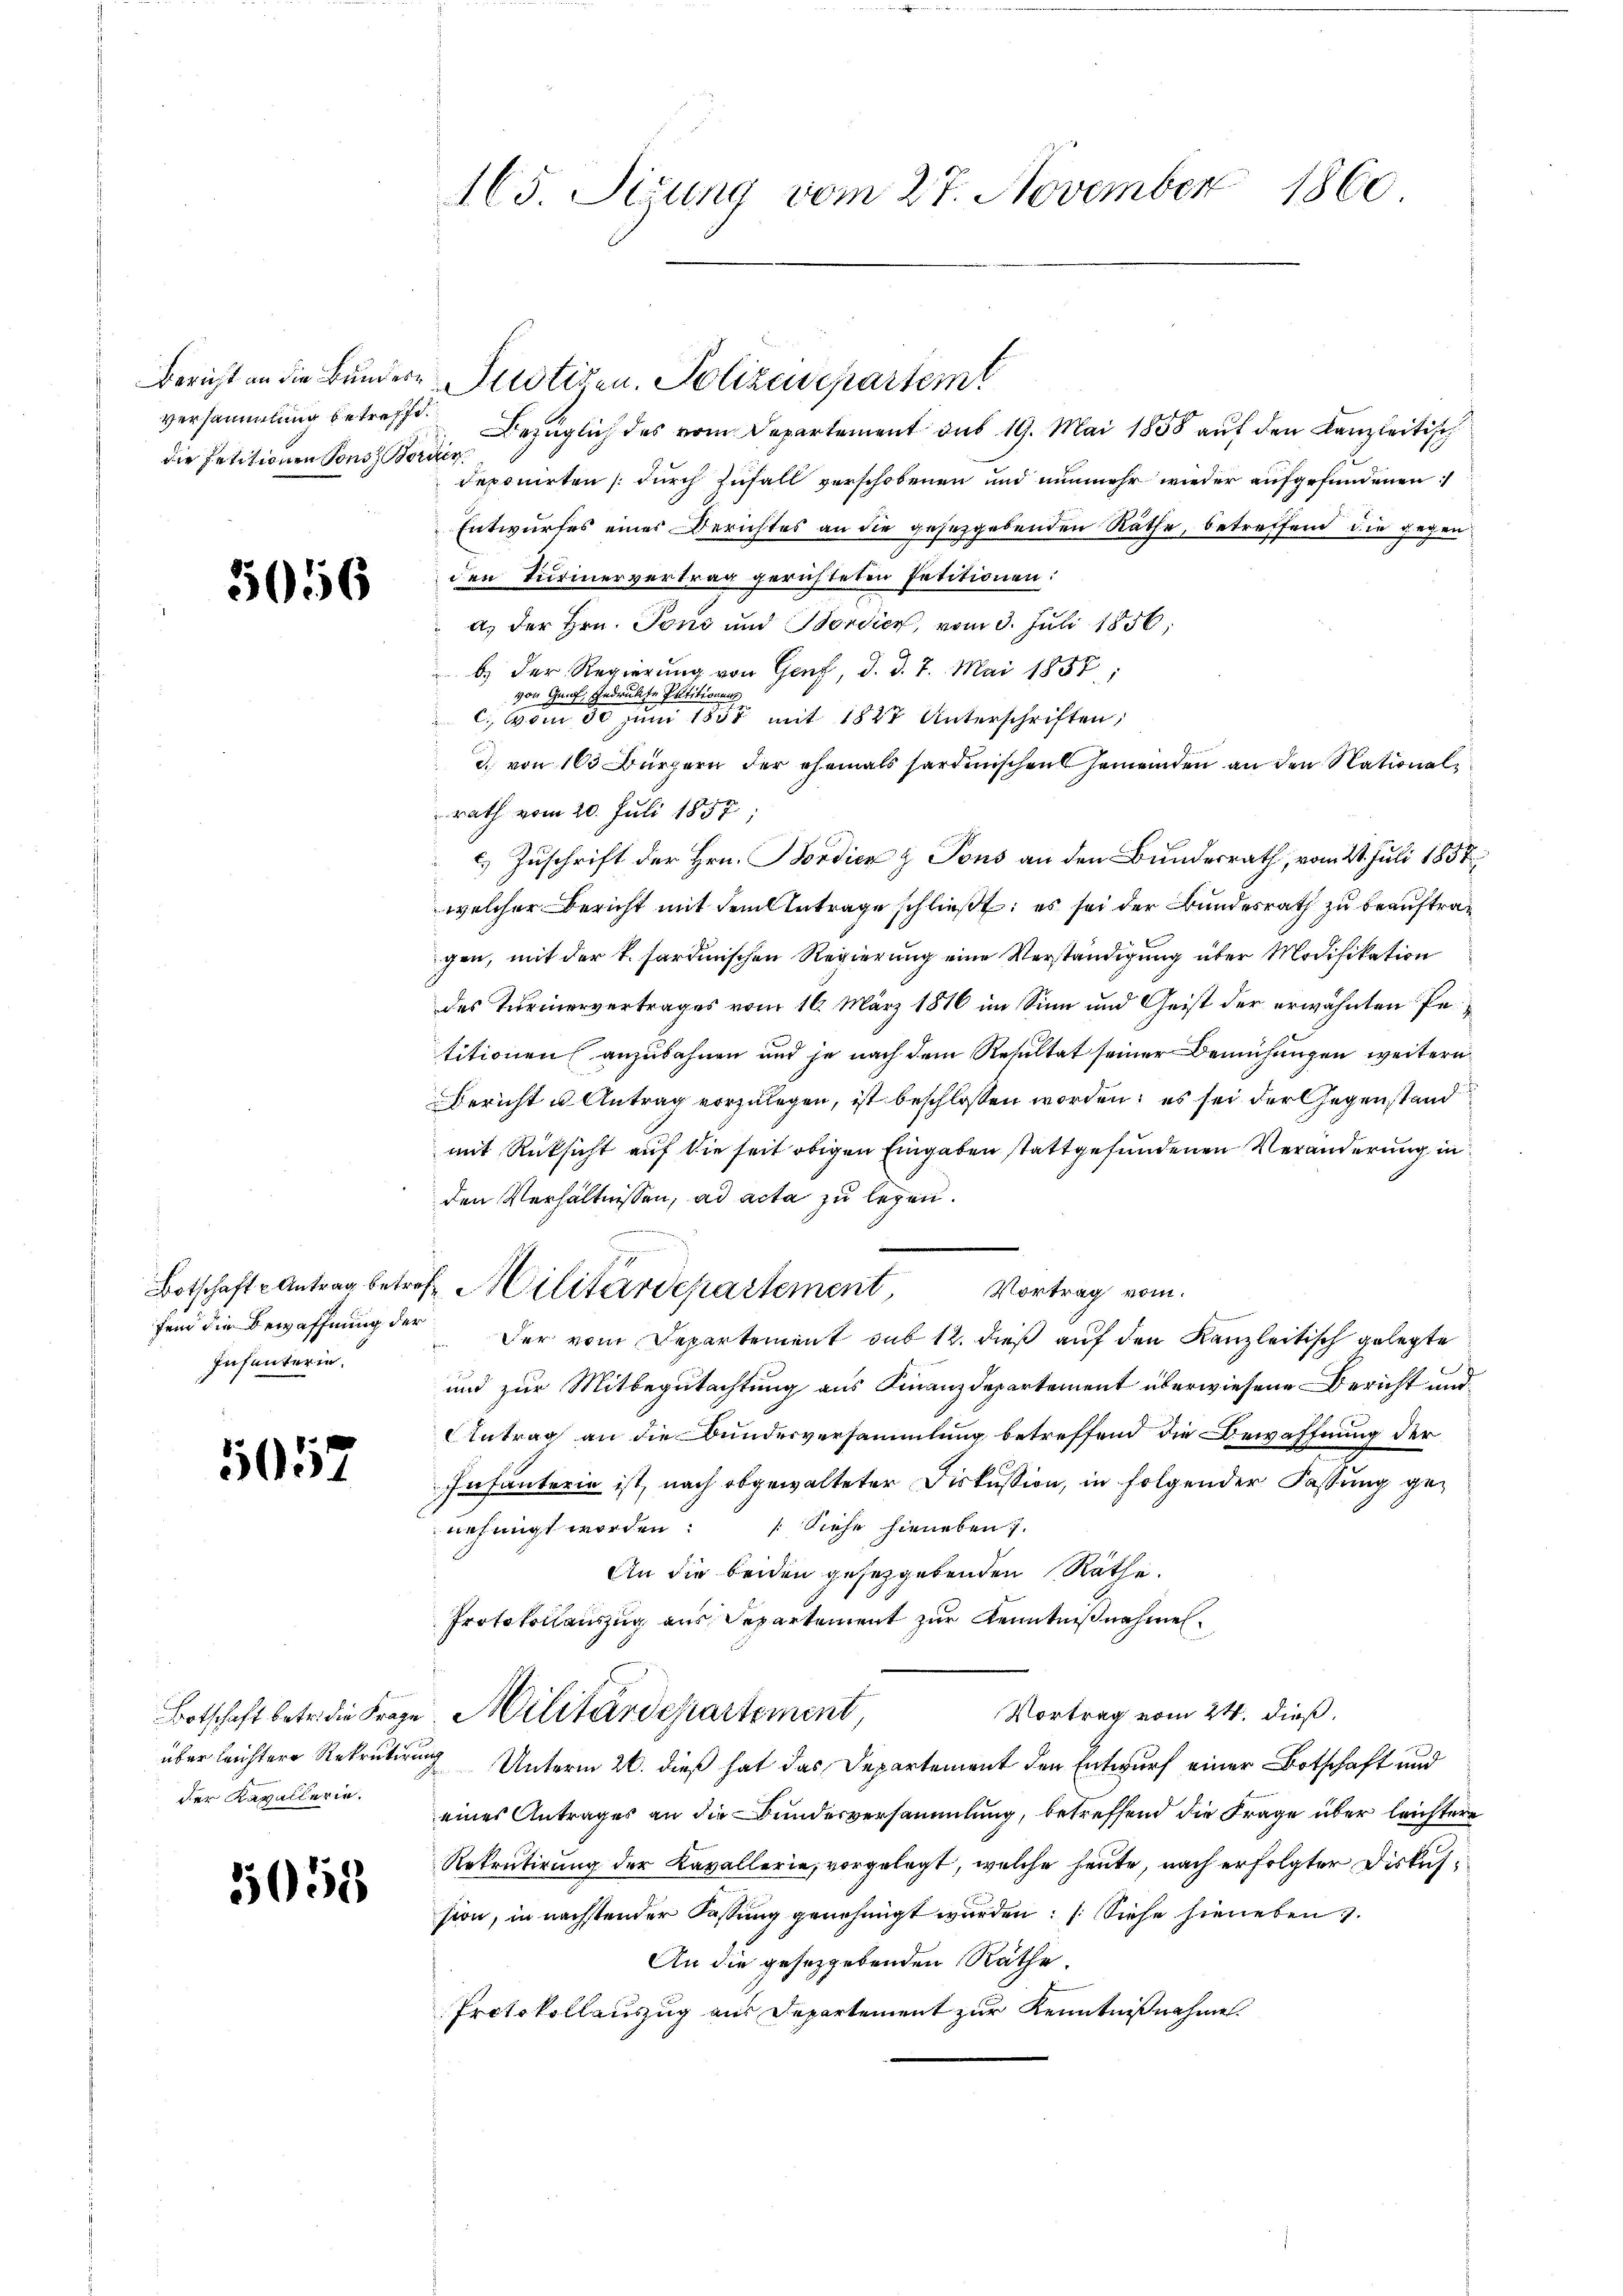
Bericht an die Bundere
Versammlung betreffe
die Petitionen Sonst Bor

3056

Botschaft u Antrag betref
fend die Bewaffnung der
Infanterin.

5057

über leichtere Rekrutiren
der Kavallerie.

5058

1860.
165. Sedung vom 27. November

Bezüglich des vom Departement aus 19. Mai 1858 auf den Kanzleitisch
ieten
deponirten (durch Zufall verschobenen und nunmehr wieder aufgefundenen
Entwurfes einer Berichtes an die gesetzgebenden Räthe, betreffend die gegen
den Turinervertrag gerichteten Petitionen:
a. der Hrn. Tons und Bordien, vom 3. Juli 1856.
b.) Der Regierung von Genf, d. d. 7. Mai 1857;
von Genf, gedrukte Petitionens
 c. vom 30. Juni 1838 mit 1822 Unterschriften;
d. von 163 Bürgern der ehemals sardinischen Gemeinden an den Nationalrath vom 20. Juli 1857;
.) Zuschrift der Hrn. Bordica & Tous an den Bundesrath, vom 21. Juli 1858
welcher Bericht mit dem Antrage schließt: es sei der Bundesrath zu beauftrag
gen, mit der k. Sardinischen Regierung eine Verständigung über Modifikation
des Turinervertrages vom 16. März 1816 im Sinn und Geist der erwähnten Petitionen anzubahnen und je nach dem Resultat seiner Bemühungen weitern
Bericht u Antrag vorzulegen, ist beschlossen worden; es sei der Gegenstand
mit Rücksicht auf die seit obigen Eingaben stattgefundenen Veränderung in
den Verhältnissen, ad acta zu legen.
 Militärdepartement,
Vortrag vom
Der vom Departement sub 12. dieß auf den Kanzleitisch gelegte
n
und zur Mitbegutachtung aus Finanzdepartement überwiesene Bericht und
AAntrag an die Bunderversammlung betreffend die Bewaffnung der
Infanterie ist, nach abgewalteter Diskussion, in folgender Fassung genehmigt worden Siehe hieneben 1.
An die beiden gesetzgebenden Räthe.
Protokollauszug aus Departement zur Kenntnißnahmen¬
Vortrag vom 24. dieß,
Botschaft betr. die Frage Militärdepartement
 Unterm 26. dieß hat das Departement den Entwurf einer Botschaft und
eines Antrages an die Bundesversammlung, betreffend die Frage über leichtere
Rekrutirung der Kavallerie, vorgelegt, welche heute, nach erfolgter Diskussion, in nächstender Kastung genehmigt werden. (Siehe hieneben v.
An die gesetzgebenden Räthe.
Protokollauszug aus Departement zur Kenntnißnahme.

Puotizen. Polizeisepartem